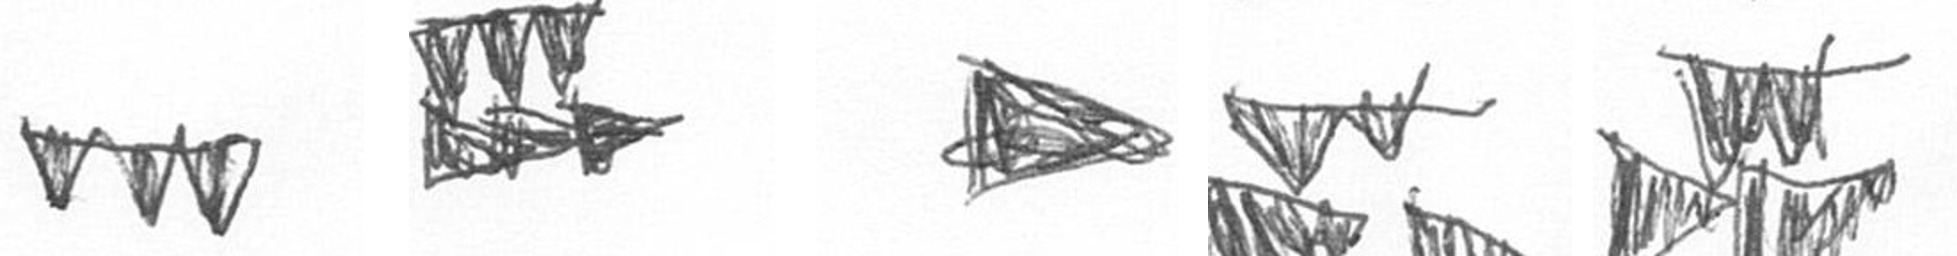
L D T B B